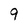
Character: 9